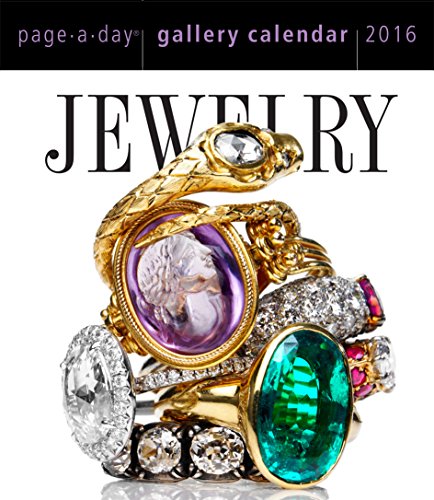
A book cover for Jewelry Page-A-Day Gallery Calendar 2016; Workman Publishing; Calendars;